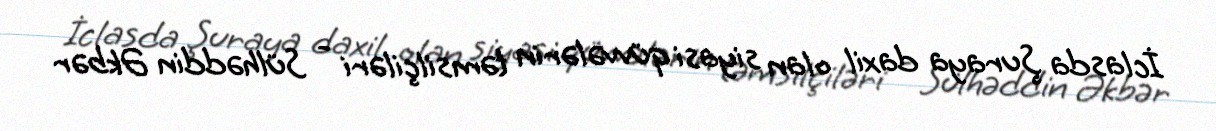
İclasda Şuraya daxil olan siyasi qüvvələrin təmsilçiləri - Sülhəddin Əkbər